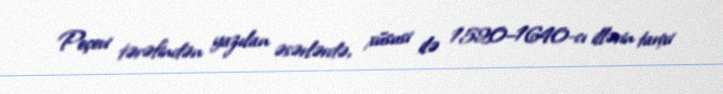
Peçevi tərəfindən yazılan əsərlərdə, xüsusi ilə 1520–1640-cı illərin tarixi